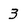
Character: 3